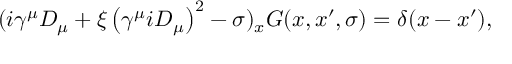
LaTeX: ( i \gamma ^ { \mu } D _ { \mu } + \xi \left( \gamma ^ { \mu } i D _ { \mu } \right) ^ { 2 } - \sigma ) _ { x } G ( x , x ^ { \prime } , \sigma ) = \delta ( x - x ^ { \prime } ) ,